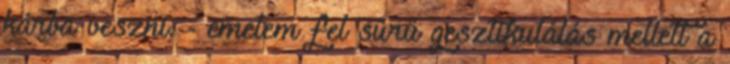
kárba veszni. - emelem fel sűrű gesztikulálás mellett a